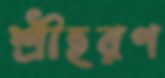
শ্রীহরণ